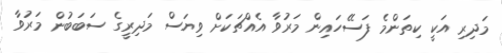
މަދިރި އަކީ ކިތަންމެ ފަސޭހައިން މަރުވާ އެއްޗަކަށް ވިޔަސް މަދިރީގެ ސަބަބުން މަރުވާ